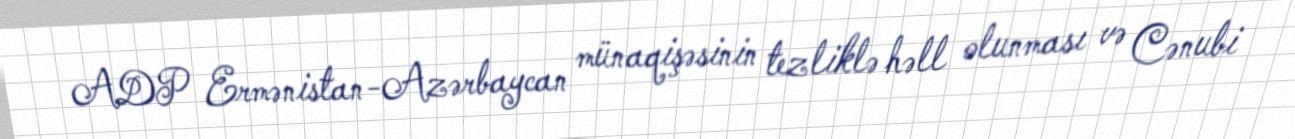
ADP Ermənistan-Azərbaycan münaqişəsinin tezliklə həll olunması və Cənubi